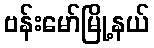
ဗန်းမော်မြို့နယ်